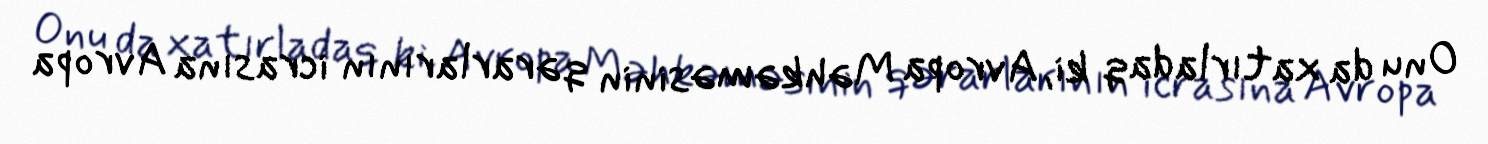
Onu da xatırladaq ki, Avropa Məhkəməsinin qərarlarının icrasına Avropa